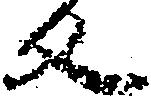
反